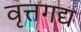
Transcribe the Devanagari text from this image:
वृत्तगद्य